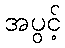
အပွင့်